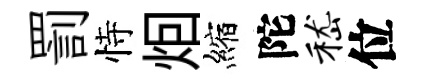
罰恃𤇆縮陀嵇位